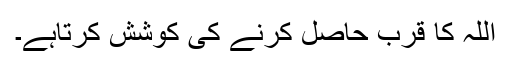
اللہ کا قرب حاصل کرنے کی کوشش کرتاہے۔